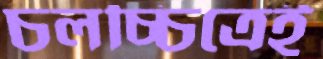
চলচ্চিত্রেই